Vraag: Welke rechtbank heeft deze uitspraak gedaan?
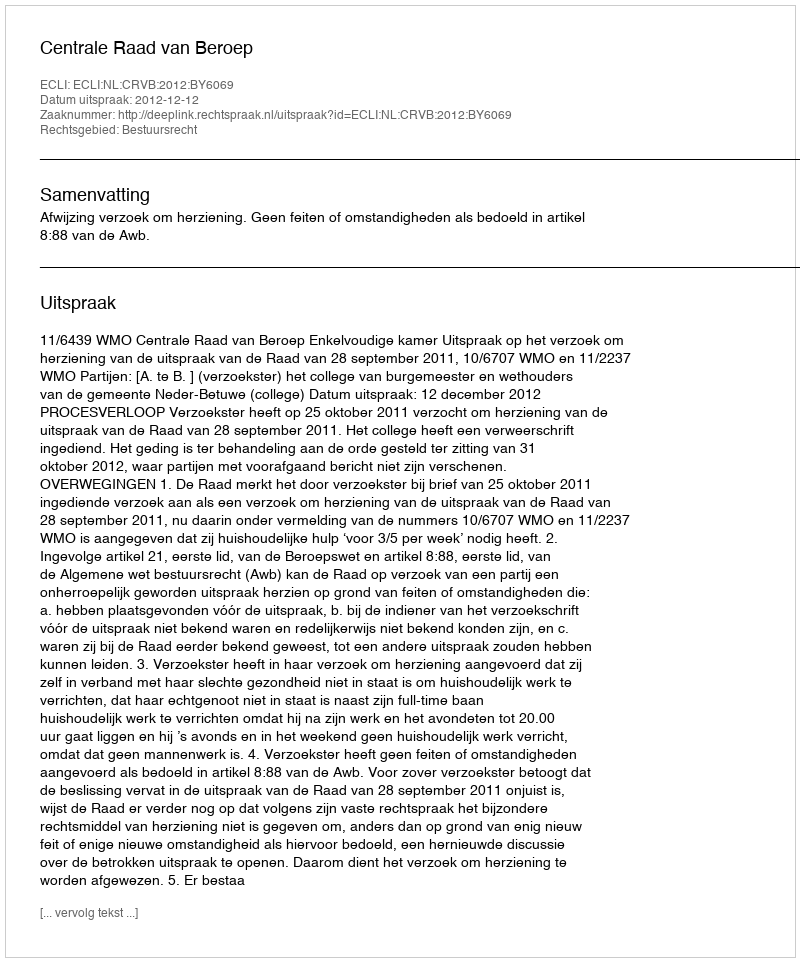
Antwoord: Centrale Raad van Beroep